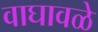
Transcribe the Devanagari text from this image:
वाघावळे